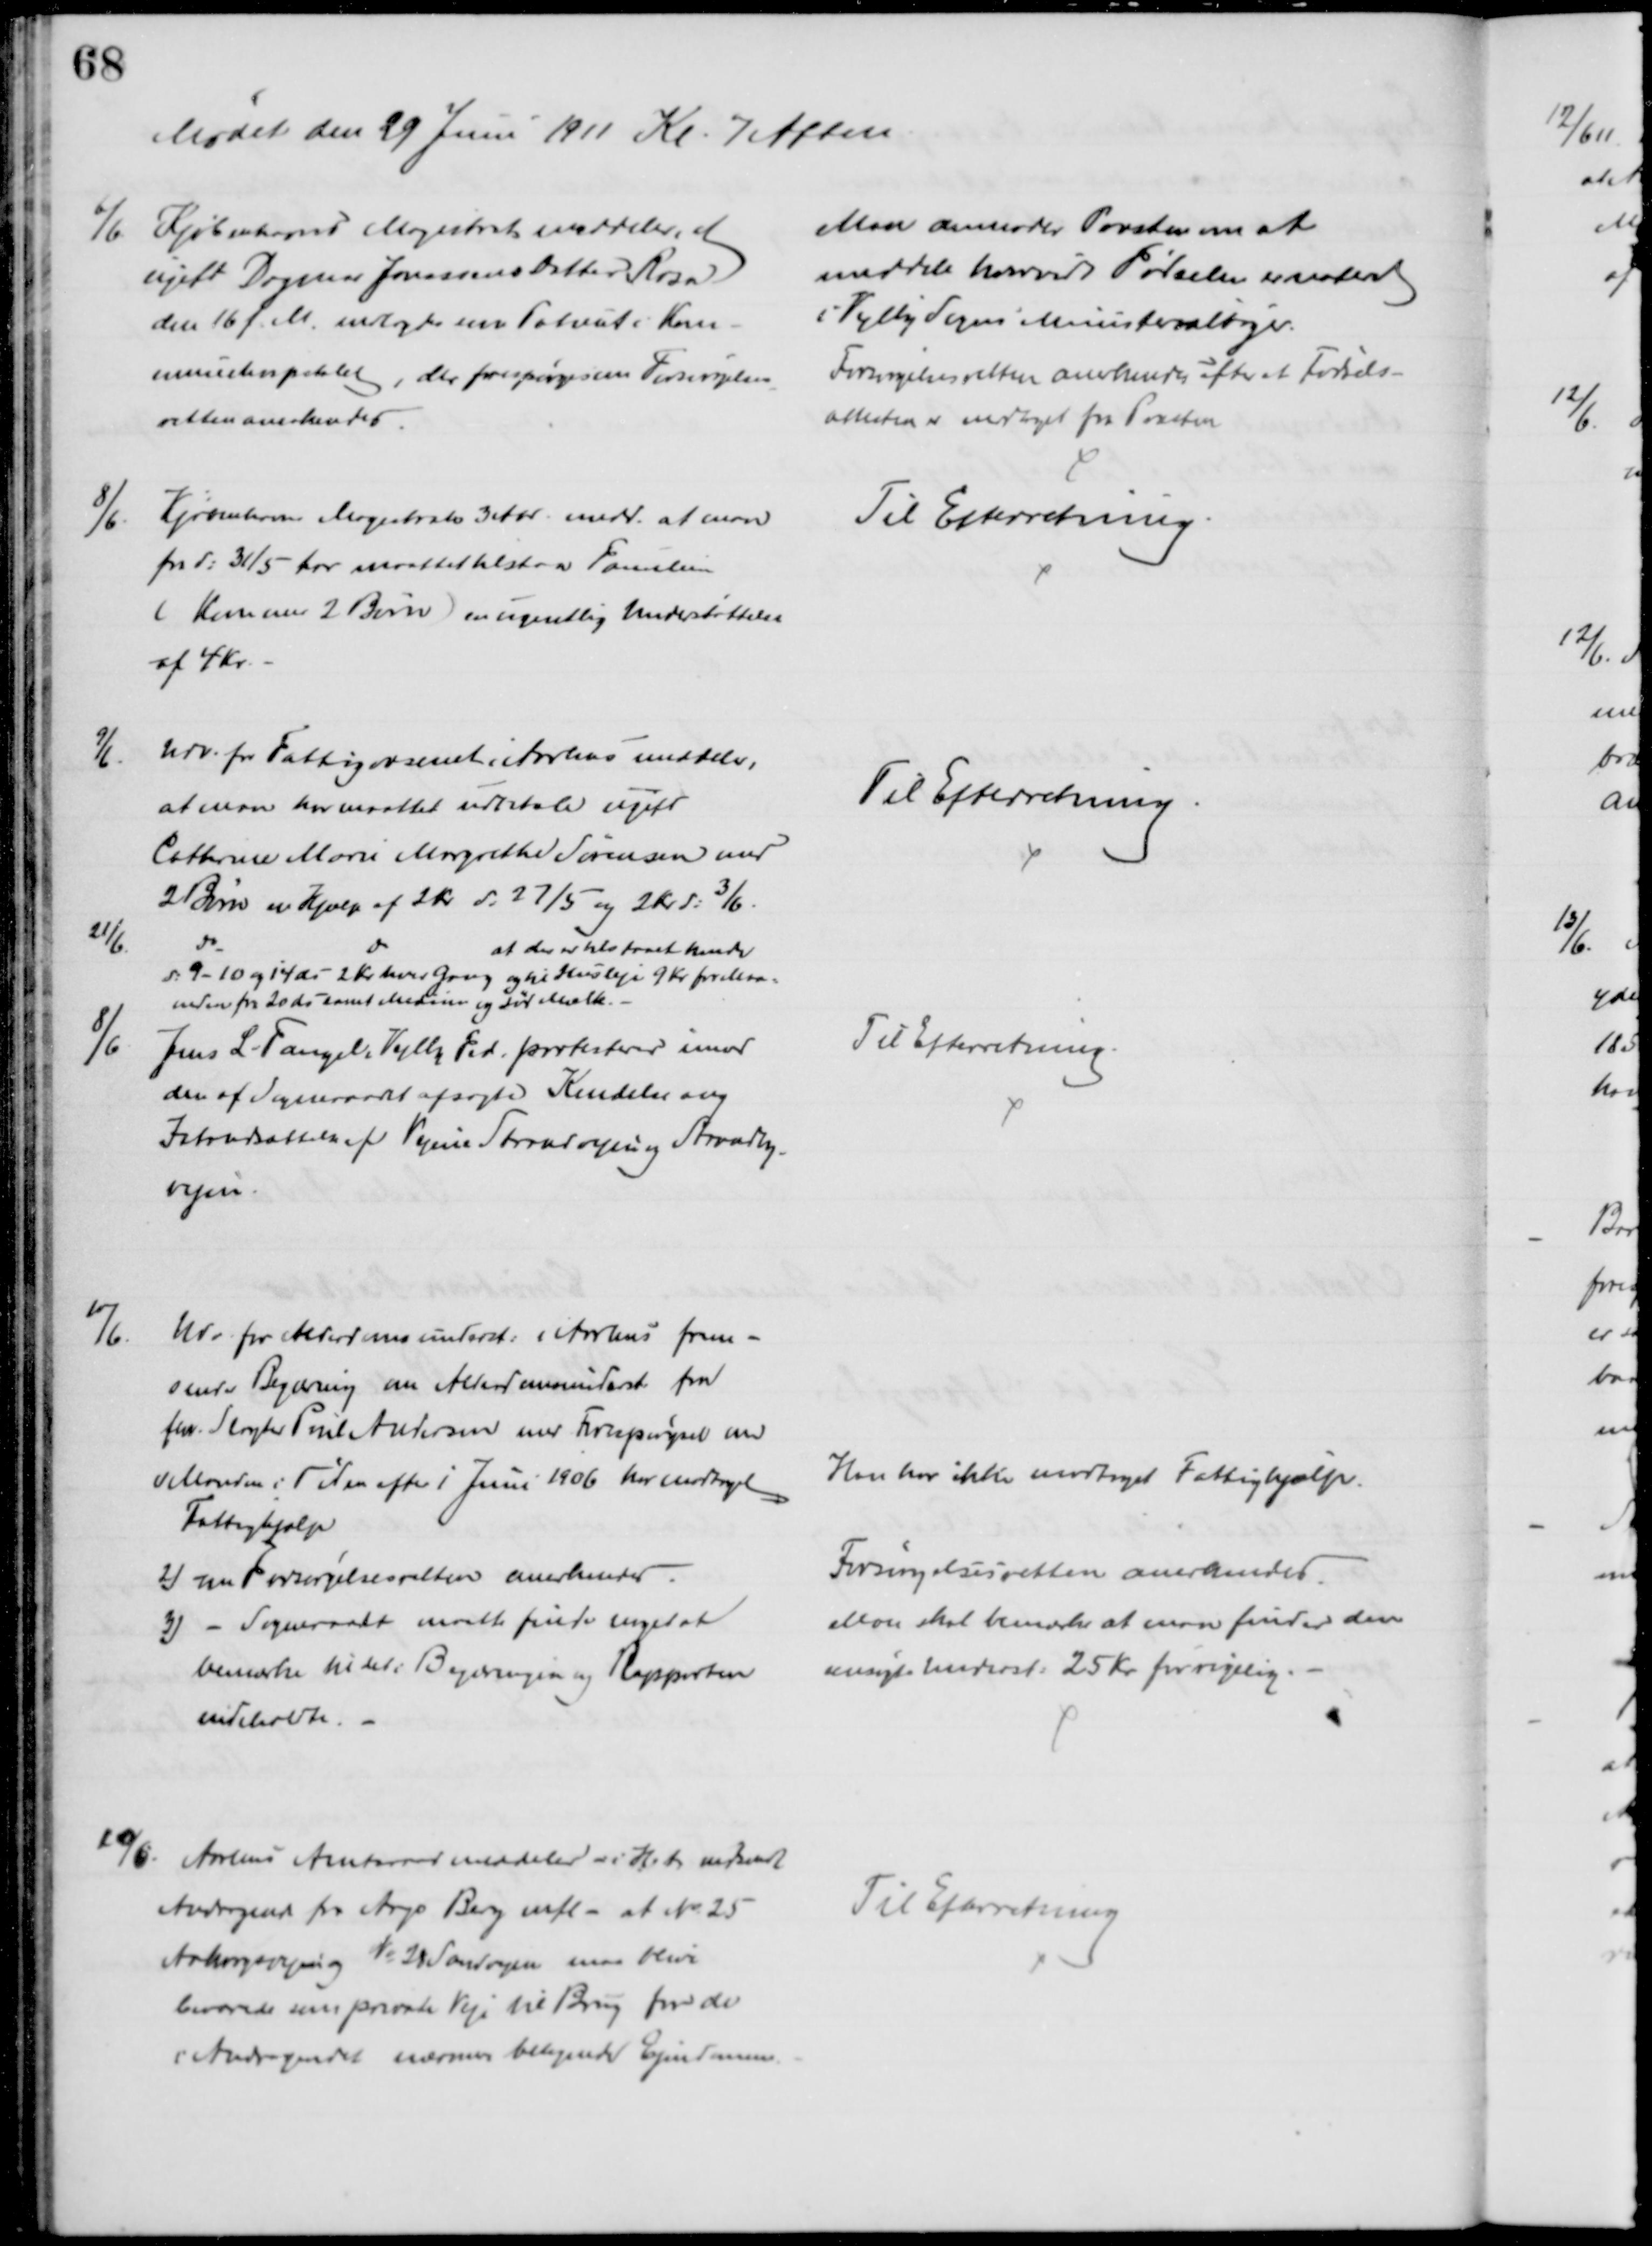
Transskription:
Mødet den 29 Juni 1911 Kl. 7 Aften
6/6
Kjøbenhavns Magistrat meddeler, at
ugift Dagmar Jonassens Datter Rosa
den 16 f. M. indlagdes som Patient i Kom-
munehospitalet, der forespørges om Forsørgelses
-
retten anerkendes.
Man anmoder Præsten om at
meddele hvorvidt Fødselen er noteret
i Vejlby Sogns Ministerialbøger.
Forsørgelsesretten anekendes efter at Fødsels-
attesten er modtaget fra Præsten
8/6.
Kjøbenhavns Magistrats 3 Afd. medd. at man
fra d: 31/5 for maattet tilstaa Familien
(Kone med 2 Børn) en ugentlig Understøttelse
af 4 Kr.
Til Efterretning
9/6.
Udv. for Fattigvæsenet i Aarhus meddeler,
at man har maattet udbetale ugift
Cathrine Marie Margrethe Sørensen med
2 Børn en Hjælp af 2 Kr d. 27/5 og 2 Kr. d. 3/6.
Til Efterretning
21/6
Do
Do
at der er tilstaaet hende
d. 9 - 10 og 14 ds 2 Kr hver Gang og til Husleje 9 Kr for Maa=
neden fra 20 ds samt Medicin og sød Mælk.
8/6
Jens L. Fangel, Vejlby Fed, protesterer imod
den af Sogneraadet afsagte Kendelse ang
Istandsættelse af Vejene Strandvejen og Strandby
-
vejen.
Til Efterretning.
10/6.
Udv. for Alderdomsunderst: i Aarhus frem-
sender Begæring om Alderdomsunderst. fra
fhv. Slagter Poul Andersen med Forespørgsel om
1) Manden i Tiden efter 1 Juni 1906 har modtaget
Fattighjælp
Han har ikke modtaget Fattighjælp.
2) om Forsørgelsesretten anerkendes
Forsørgelsesretten anerkendes.
3) - Sogneraadet maatte finde noget at
bemærke til det i Begæringen og Rapporten
indeholdte.
Man skal bemærke at man finder den 
ansøgte Underst: 25 Kr. for rigelig.
10/6. Aarhus Amtsraad meddeler i H. t. medsendte
Andragende fra Aage Berg mfl - at № 25
Aakrogsvejen og № 28 Sandvejen maa blive
bevarede som private Veje til Brug for de
i Andragendet nærmere betegnede Ejendomme
Til Efterretning